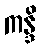
ကန္ဒိ